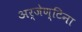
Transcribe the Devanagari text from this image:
अर्जेण्टिना